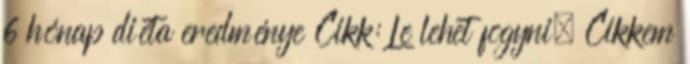
6 hónap diéta eredménye Cikk: Le lehet fogyni. Cikkem